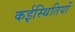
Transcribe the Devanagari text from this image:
कईस्थितियों